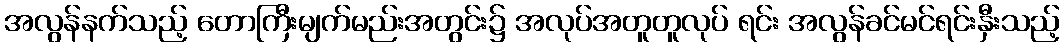
အလွန်နက်သည့် တောကြီးမျက်မည်းအတွင်း၌ အလုပ်အတူတူလုပ် ရင်း အလွန်ခင်မင်ရင်းနှီးသည့်